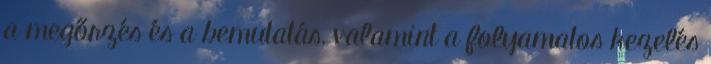
a megőrzés és a bemutatás, valamint a folyamatos kezelés